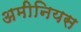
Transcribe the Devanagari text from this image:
अमीनियस